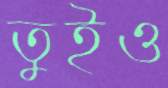
তুইও